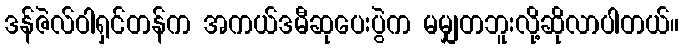
ဒန်ဇဲလ်ဝါရှင်တန်က အကယ်ဒမီဆုပေးပွဲက မမျှတဘူးလို့ဆိုလာပါတယ်။